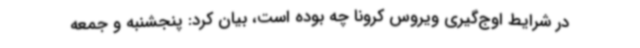
در شرایط اوج‌گیری ویروس کرونا چه بوده است، بیان کرد: پنجشنبه و جمعه